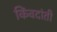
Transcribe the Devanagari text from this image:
किंवदांती